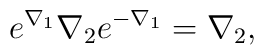
e^{\nabla_1}\nabla_2e^{-\nabla_1}=\nabla_2,